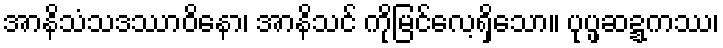
အာနိသံသဒဿာဝိနော၊ အာနိသင် ကိုမြင်လေ့ရှိသော။ ပုပ္ဖဆဍ္ဍကဿ၊